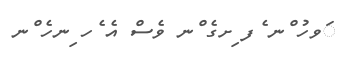
ަވހު ްނ ެފ ިށގެ ްނ ވެސް އެ ެހ ިނހެ ްނ